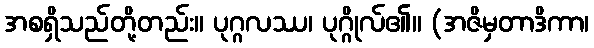
အစရှိသည်တို့တည်း။ ပုဂ္ဂလဿ၊ ပုဂ္ဂိုလ်၏။ (အဇိမှတာဒိကာ၊